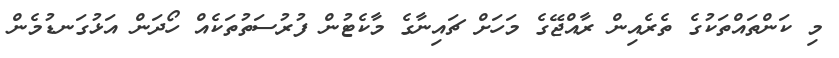
މި ކަންތައްތަކުގެ ތެރެއިން ރާއްޖޭގެ މަހަށް ޗައިނާގެ މާކެޓުން ފުރުސަތުތަކެއް ހޯދަން އަޅުގަނޑުމެން